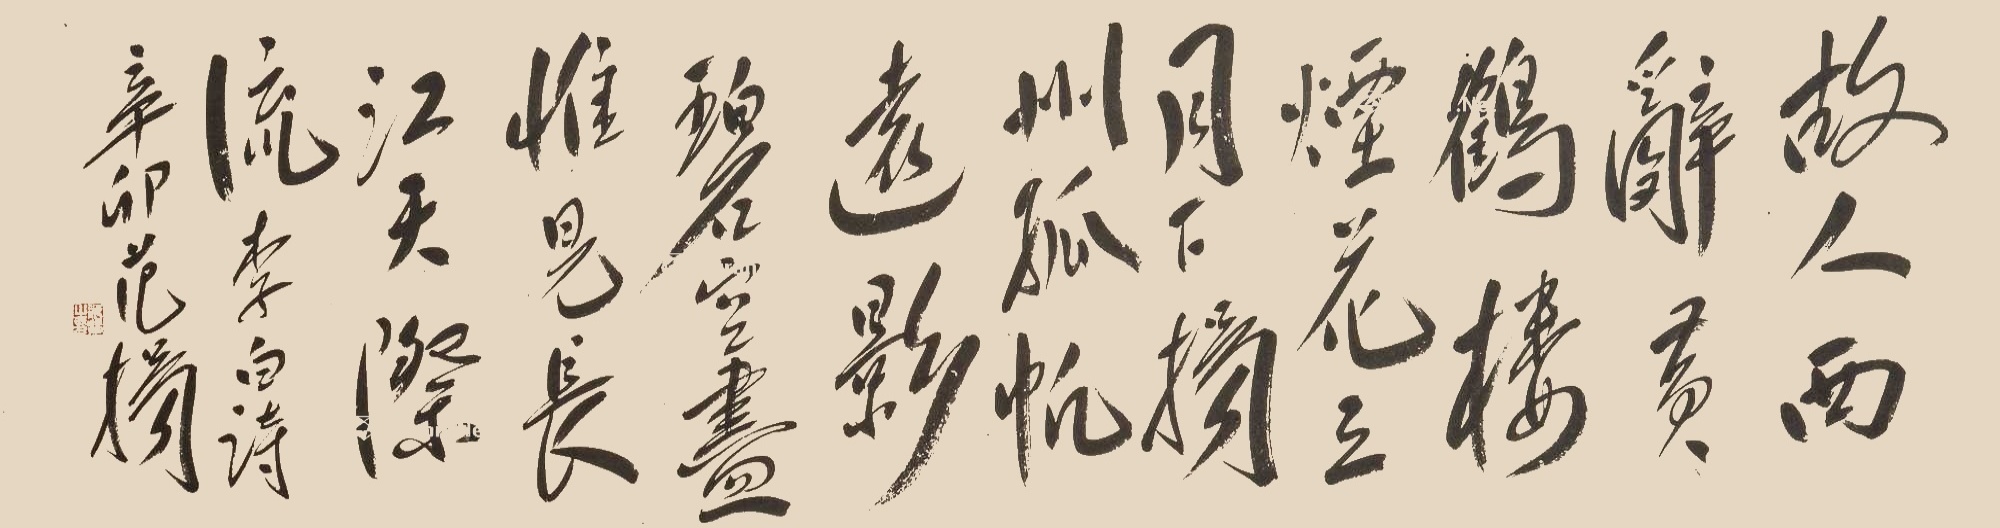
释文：故人西辞黄鹤楼，烟花三月下扬州。孤帆远影碧空尽，唯见长江天际流。李白诗，辛卯范扬。